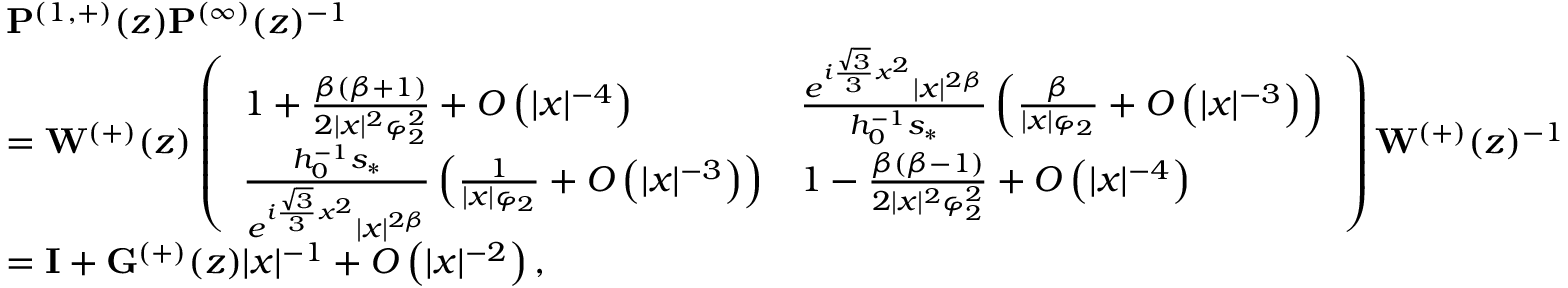
\begin{array} { r l } & { \mathbf { P } ^ { ( 1 , + ) } ( z ) \mathbf { P } ^ { ( \infty ) } ( z ) ^ { - 1 } } \\ & { = \mathbf { W } ^ { ( + ) } ( z ) \left( \begin{array} { l l } { 1 + \frac { { \beta } ( { \beta } + 1 ) } { 2 | x | ^ { 2 } \varphi _ { 2 } ^ { 2 } } + O \left( | x | ^ { - 4 } \right) } & { \frac { e ^ { i \frac { \sqrt { 3 } } { 3 } x ^ { 2 } } | x | ^ { 2 { \beta } } } { h _ { 0 } ^ { - 1 } s _ { * } } \left( \frac { { \beta } } { | x | \varphi _ { 2 } } + O \left( | x | ^ { - 3 } \right) \right) } \\ { \frac { h _ { 0 } ^ { - 1 } s _ { * } } { e ^ { i \frac { \sqrt { 3 } } { 3 } x ^ { 2 } } | x | ^ { 2 { \beta } } } \left( \frac { 1 } { | x | \varphi _ { 2 } } + O \left( | x | ^ { - 3 } \right) \right) } & { 1 - \frac { { \beta } ( { \beta } - 1 ) } { 2 | x | ^ { 2 } \varphi _ { 2 } ^ { 2 } } + O \left( | x | ^ { - 4 } \right) } \end{array} \right) \mathbf { W } ^ { ( + ) } ( z ) ^ { - 1 } } \\ & { = \mathbf { I } + \mathbf { G } ^ { ( + ) } ( z ) | x | ^ { - 1 } + O \left( | x | ^ { - 2 } \right) , } \end{array}